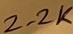
Text: 2.2K